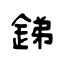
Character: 銻